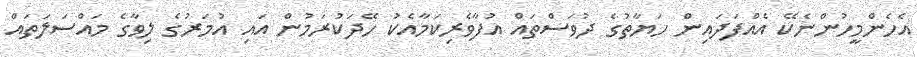
އެހެންމީހުންނެކޭ އެއްފަދައިން ހަޔާތުގެ ދުވަސްތައް އުފާވެރިކަމާއެކު ހޭދަކުރަމުން އައި އުމަރުގެ ލިވާގެ މައްސަލަތައް